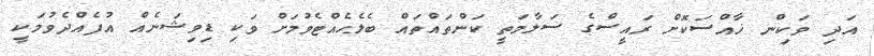
އަދި ވަކިން ޚާއްސަކޮށް ރައީސްގެ ސަލާމަތީ ކަންތައްތައް ބެލެހެއްޓެވުމަށް ވަކި ޑިވިޝަނެއް އުފެއްދެވުމަކީ